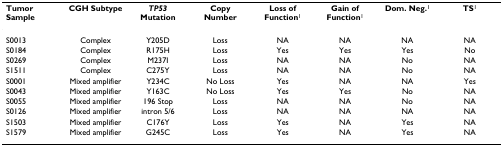
<table><thead><tr><td><b>Tumor Sample</b></td><td><b>CGH Subtype</b></td><td><b><i>TP53 </i>Mutation</b></td><td><b>Copy Number</b></td><td><b>Loss of Function<sup>1</sup></b></td><td><b>Gain of Function<sup>1</sup></b></td><td><b>Dom. Neg.<sup>1</sup></b></td><td><b>TS<sup>1</sup></b></td></tr></thead><tbody><tr><td>S0013</td><td>Complex</td><td>Y205D</td><td>Loss</td><td>NA</td><td>NA</td><td>NA</td><td>NA</td></tr><tr><td>S0184</td><td>Complex</td><td>R175H</td><td>Loss</td><td>Yes</td><td>Yes</td><td>Yes</td><td>No</td></tr><tr><td>S0269</td><td>Complex</td><td>M237I</td><td>Loss</td><td>NA</td><td>NA</td><td>No</td><td>NA</td></tr><tr><td>S1511</td><td>Complex</td><td>C275Y</td><td>Loss</td><td>NA</td><td>NA</td><td>No</td><td>NA</td></tr><tr><td>S0001</td><td>Mixed amplifier</td><td>Y234C</td><td>No Loss</td><td>Yes</td><td>NA</td><td>NA</td><td>Yes</td></tr><tr><td>S0043</td><td>Mixed amplifier</td><td>Y163C</td><td>No Loss</td><td>Yes</td><td>Yes</td><td>No</td><td>NA</td></tr><tr><td>S0055</td><td>Mixed amplifier</td><td>196 Stop</td><td>Loss</td><td>NA</td><td>NA</td><td>No</td><td>NA</td></tr><tr><td>S0126</td><td>Mixed amplifier</td><td>intron 5/6</td><td>Loss</td><td>NA</td><td>NA</td><td>NA</td><td>NA</td></tr><tr><td>S1503</td><td>Mixed amplifier</td><td>C176Y</td><td>Loss</td><td>Yes</td><td>NA</td><td>Yes</td><td>NA</td></tr><tr><td>S1579</td><td>Mixed amplifier</td><td>G245C</td><td>Loss</td><td>Yes</td><td>NA</td><td>Yes</td><td>NA</td></tr></tbody></table>